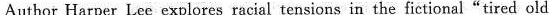
Author Harper Lee explores racial tensions in the fictional"tired old